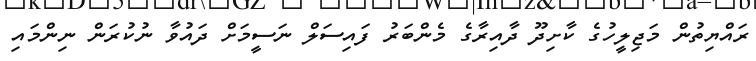
ރައްޔިތުން މަޖިލީހުގެ ކާށިދޫ ދާއިރާގެ މެންބަރު ފައިސަލް ނަސީމަށް ދައުވާ ނުކުރަން ނިންމައި